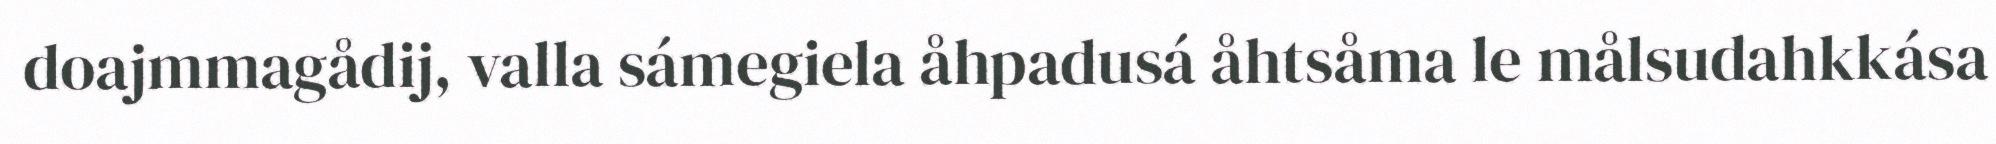
doajmmagådij, valla sámegiela åhpadusá åhtsåma le målsudahkkása